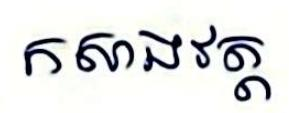
កសាងវត្ត